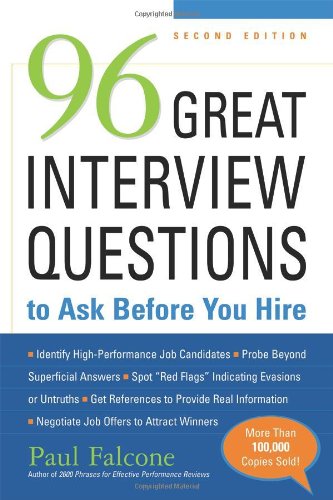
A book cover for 96 Great Interview Questions to Ask Before You Hire; Paul Falcone; Business & Money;